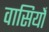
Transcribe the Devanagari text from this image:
वासियोँ